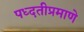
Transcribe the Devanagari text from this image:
पध्दतीप्रमाणे